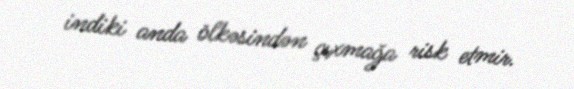
indiki anda ölkəsindən çıxmağa risk etmir.